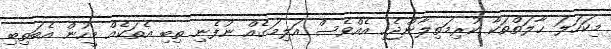
މިކަހަލަ ޙާލަތްތަކާ ކުރިމަތިލާންޖެހި އެއްވެސް އަލިމަގެއް ނުފެނި ތިބި އެތަކެއް މީހުން އެބަތިބި